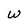
Character: w